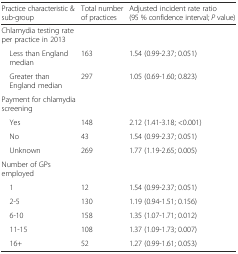
| Practice characteristic & sub-group | Total number of practices | Adjusted incident rate ratio (95 % confidence interval; P value) |
 | --- | --- | --- |
 | <COLSPAN=3> Chlamydia testing rate per practice in 2013 |
 | Less than England median | 163 | 1.54 (0.99-2.37; 0.051) |
 | Greater than England median | 297 | 1.05 (0.69-1.60; 0.823) |
 | <COLSPAN=3> Payment for chlamydia screening |
 | Yes | 148 | 2.12 (1.41-3.18; <0.001) |
 | No | 43 | 1.54 (0.99-2.37; 0.051) |
 | Unknown | 269 | 1.77 (1.19-2.65; 0.005) |
 | Number of GPs employed |  |  |
 | 1 | 12 | 1.54 (0.99-2.37; 0.051) |
 | 2-5 | 130 | 1.19 (0.94-1.51; 0.156) |
 | 6-10 | 158 | 1.35 (1.07-1.71; 0.012) |
 | 11-15 | 108 | 1.37 (1.09-1.73; 0.007) |
 | 16+ | 52 | 1.27 (0.99-1.61; 0.053) |